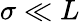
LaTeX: \sigma\ll L